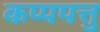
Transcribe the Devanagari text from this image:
कप्पपत्तु